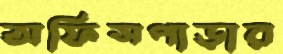
অফিসপাড়ার